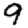
Digit: 9